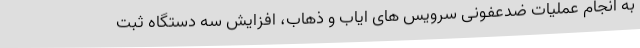
به انجام عملیات ضدعفونی سرویس های ایاب و ذهاب، افزایش سه دستگاه ثبت